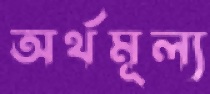
অর্থমূল্য